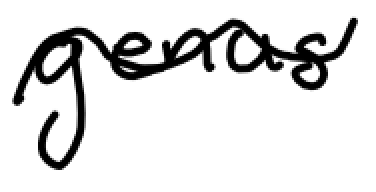
Text: genus
Cross-out: wave
Writing tool: digital_black